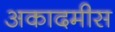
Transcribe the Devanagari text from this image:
अकादमीस